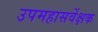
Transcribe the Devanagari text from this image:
उपमहासर्वेक्षक